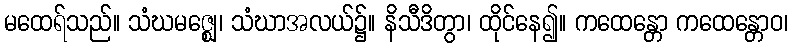
မထေရ်သည်။ သံဃမဇ္ဈေ၊ သံဃာအလယ်၌။ နိသီဒိတွာ၊ ထိုင်နေ၍။ ကထေန္တော ကထေန္တောဝ၊